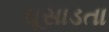
ઘૂસાડતા